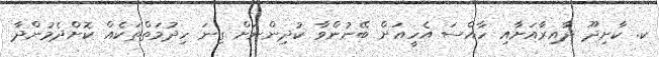
ކ. ކާށިދޫ ދާއިރާއަށާއި ހާއްސަ އެހީއަށް ބޭނުންވާ ކުދިންނަށް ގިނަ ހިދުމަތްތަކެއް ކޮށްދެމުންދާ